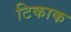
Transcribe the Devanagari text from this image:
टिकाक